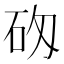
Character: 𥐷